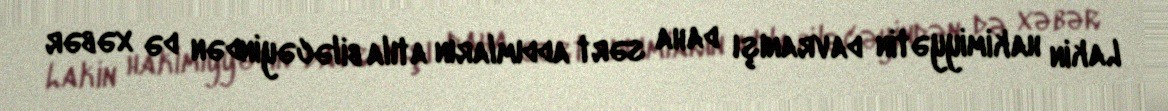
Lakin hakimiyyətin davranışı daha sərt addımların atıla biləcəyindən də xəbər